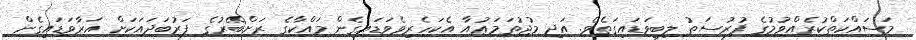
މަސައްކަތްކުރެއްވުމުގެ ފުރުސަތު ލިބިވަޑައިގަތެވެ. އަދި މުޖުތަމަޢުއާ އެކަހެރިވެވަޑައިގެން މައްކާގެ ރަށްބޭރުގެ ފަރުބަދައަކަށް އަރާވަޑައިގެން